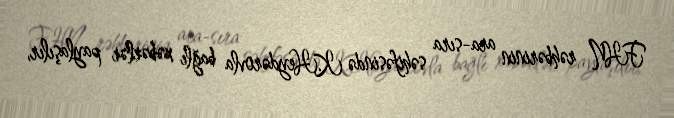
FHN rəhbərinin ara-sıra səhifəsində K.Heydərovla bağlı xəbərlər paylaşılır,